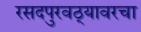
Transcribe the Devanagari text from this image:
रसदपुरवठ्यावरचा